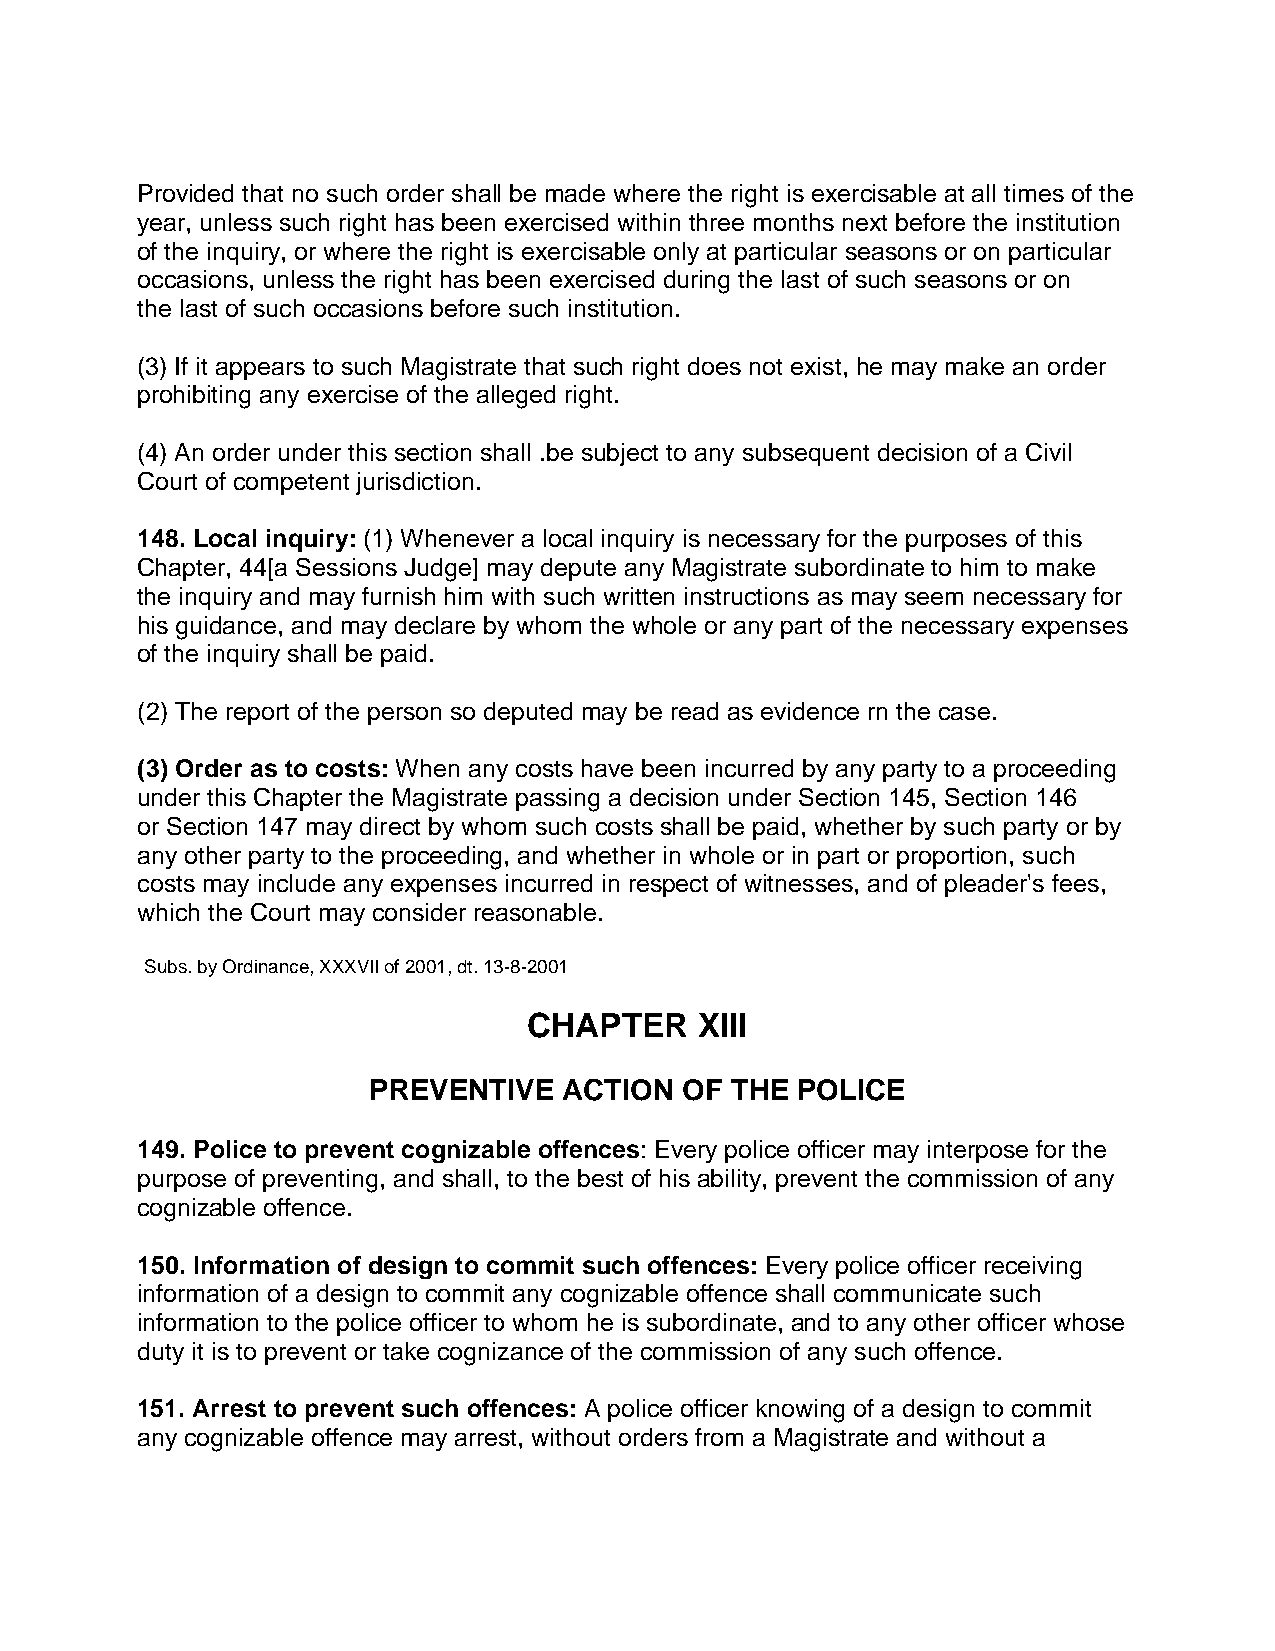
Provided that no such order shall be made where the right is exercisable at all times of the
 year, unless such right has been exercised within three months next before the institution
 of the inquiry, or where the right is exercisable only at particular seasons or on particular
 occasions, unless the right has been exercised during the last of such seasons or on
 the last of such occasions before such institution.
 (3) If it appears to such Magistrate that such right does not exist, he may make an order
 prohibiting any exercise of the alleged right.
 (4) An order under this section shall .be subject to any subsequent decision of a Civil
 Court of competent jurisdiction.
 148. Local inquiry: (1) Whenever a local inquiry is necessary for the purposes of this
 Chapter, 44[a Sessions Judge] may depute any Magistrate subordinate to him to make
 the inquiry and may furnish him with such written instructions as may seem necessary for
 his guidance, and may declare by whom the whole or any part of the necessary expenses
 of the inquiry shall be paid.
 (2) The report of the person so deputed may be read as evidence rn the case.
 (3) Order as to costs: When any costs have been incurred by any party to a proceeding
 under this Chapter the Magistrate passing a decision under Section 145, Section 146
 or Section 147 may direct by whom such costs shall be paid, whether by such party or by
 any other party to the proceeding, and whether in whole or in part or proportion, such
 costs may include any expenses incurred in respect of witnesses, and of pleader's fees,
 which the Court may consider reasonable.
 Subs. by Ordinance, XXXVIl of 2001, dt. 13-8-2001
 CHAPTER    XIII
 PREVENTIVE   ACTION  OF THE  POLICE
 149. Police to prevent cognizable offences: Every police officer may interpose for the
 purpose of preventing, and shall, to the best of his ability, prevent the commission of any
 cognizable offence.
 150. Information of design to commit such offences: Every police officer receiving
 information of a design to commit any cognizable offence shall communicate such
 information to the police officer to whom he is subordinate, and to any other officer whose
 duty it is to prevent or take cognizance of the commission of any such offence.
 151. Arrest to prevent such offences: A police officer knowing of a design to commit
 any cognizable offence may arrest, without orders from a Magistrate and without a